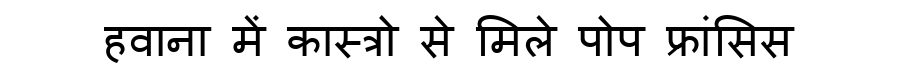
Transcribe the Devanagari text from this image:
हवाना में कास्त्रो से मिले पोप फ्रांसिस